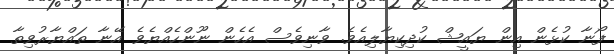
ފޯނާ ކުޅެން އިން ޔައީޝް ކުދިކިޔާލިއެވެ. ވާނިވެސް އެހެން ނޫންހެއްޔެވެ އޭނާ ތައްޔާރުވިތާ